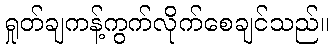
ရှုတ်ချကန့်ကွက်လိုက်စေချင်သည်။